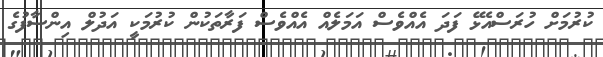
ކުރުމަށް ހުރަސްއެޅޭ ފަދަ އެއްވެސް އަމަލެއް އެއްވެސް ފަރާތަކުން ކުރުމަކީ އަދުލް އިންސާފުގެ